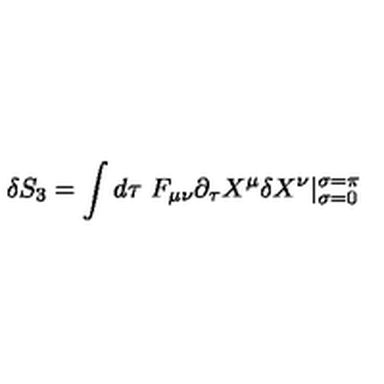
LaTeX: \delta S _ { 3 } = \int d \tau \ F _ { \mu \nu } \partial _ { \tau } X ^ { \mu } \delta X ^ { \nu } | _ { \sigma = 0 } ^ { \sigma = \pi }